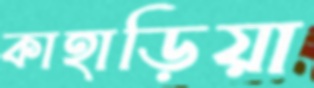
কাহাড়িয়া